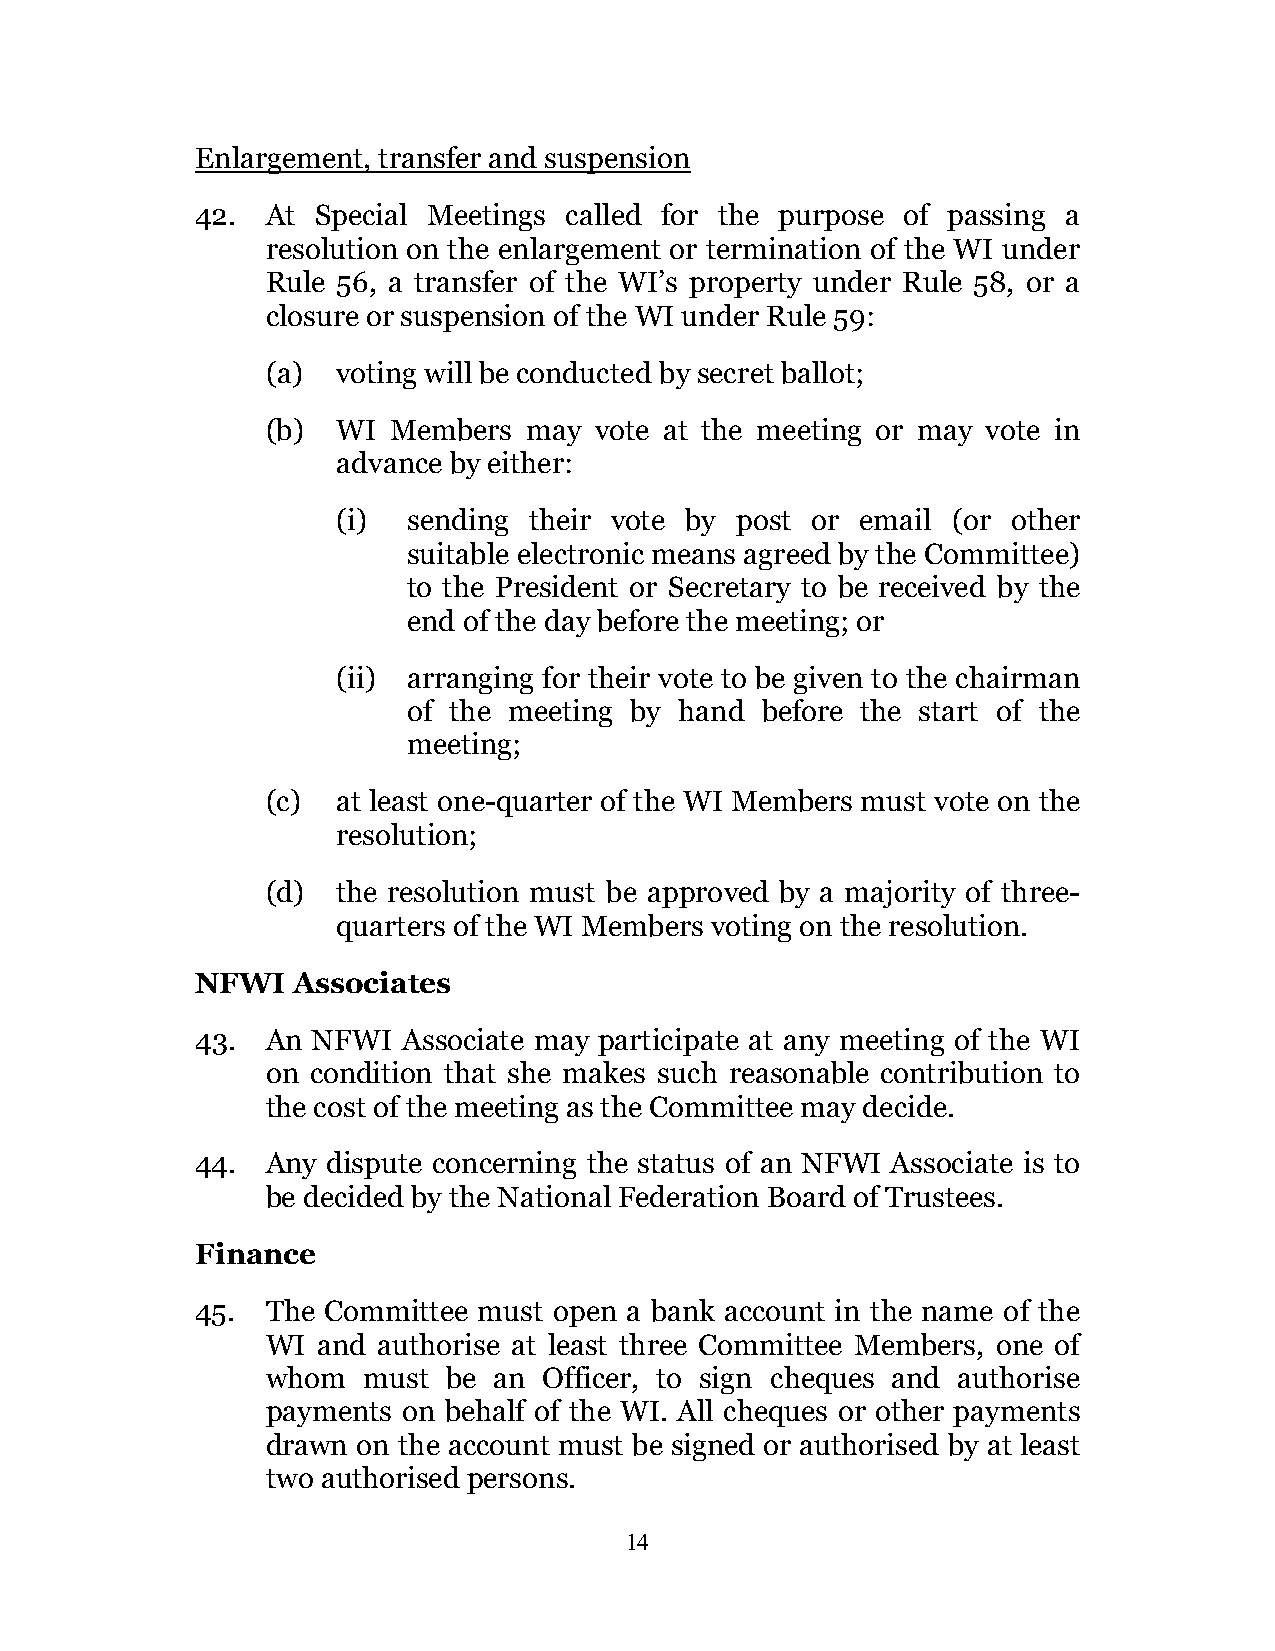
Enlargement, transfer and suspension
 42.  At Special Meetings called for the purpose of passing a
 resolution on the enlargement or termination of the WI under
 Rule 56, a transfer of the WI’s property under Rule 58, or a
 closure or suspension of the WI under Rule 59:
 (a) voting will be conducted by secret ballot;
 (b) WI  Members  may vote at the meeting or may vote in
 advance by either:
 (i)  sending their vote by post or email (or other
 suitable electronic means agreed by the Committee)
 to the President or Secretary to be received by the
 end of the day before the meeting; or
 (ii) arranging for their vote to be given to the chairman
 of the meeting by hand before the start of the
 meeting;
 (c) at least one-quarter of the WI Members must vote on the
 resolution;
 (d) the resolution must be approved by a majority of three-
 quarters of the WI Members voting on the resolution.
 NFWI  Associates
 43.  An NFWI  Associate may participate at any meeting of the WI
 on condition that she makes such reasonable contribution to
 the cost of the meeting as the Committee may decide.
 44.  Any dispute concerning the status of an NFWI Associate is to
 be decided by the National Federation Board of Trustees.
 Finance
 45.  The Committee must open a bank account in the name of the
 WI and authorise at least three Committee Members, one of
 whom  must  be an Officer, to sign cheques and authorise
 payments on behalf of the WI. All cheques or other payments
 drawn on the account must be signed or authorised by at least
 two authorised persons.
 14